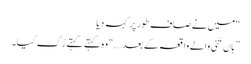
“ میں نے صاف طور پر کہہ دیا
” ہاں تّنی والے واقعہ کے بعد….“ وہ کہتے کہتے رُک گیا۔